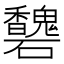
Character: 𥗶